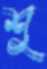
শু